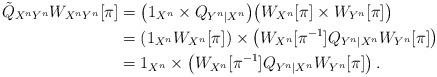
LaTeX: \begin{align*} \tilde{Q}_{X^nY^n} W_{X^nY^n}[\pi] &= \big(1_{X^n} \times Q_{Y^n|X^n} \big) \big( W_{X^n}[\pi] \times W_{Y^n}[\pi] \big) \\ &= ( 1_{X^n} W_{X^n}[\pi] ) \times \big( W_{X^n}[\pi^{-1}] Q_{Y^n|X^n} W_{Y^n}[\pi] \big) \\ &= 1_{X^n} \times \big( W_{X^n}[\pi^{-1}] Q_{Y^n|X^n} W_{Y^n}[\pi] \big) \,. \end{align*}